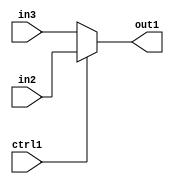
`timescale 1ps / 1ps
/*****************************************************************************
    Verilog RTL Description
    
    
    Created by: CellMath Designer 2019.1.01 
*******************************************************************************/

module bias_add_N_Mux_2_2_3_1 (
	in3,
	in2,
	ctrl1,
	out1
	); /* architecture "behavioural" */ 
input [1:0] in3,
	in2;
input  ctrl1;
output [1:0] out1;
wire [1:0] asc001;

reg [1:0] asc001_tmp_0;
assign asc001 = asc001_tmp_0;
always @ (ctrl1 or in2 or in3) begin
	case (ctrl1)
		1'B1 : asc001_tmp_0 = in2 ;
		default : asc001_tmp_0 = in3 ;
	endcase
end

assign out1 = asc001;
endmodule

/* CADENCE  uLbwSAw= : u9/ySgnWtBlWxVPRXgAZ4Og= ** DO NOT EDIT THIS LINE ******/